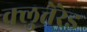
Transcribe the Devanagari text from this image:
क्लुत्तेरेड